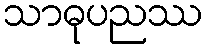
သာဓုပညဿ